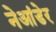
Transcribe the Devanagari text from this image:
नेआंडेर